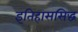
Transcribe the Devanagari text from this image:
इतिहाससिद्ध